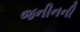
જનીનની